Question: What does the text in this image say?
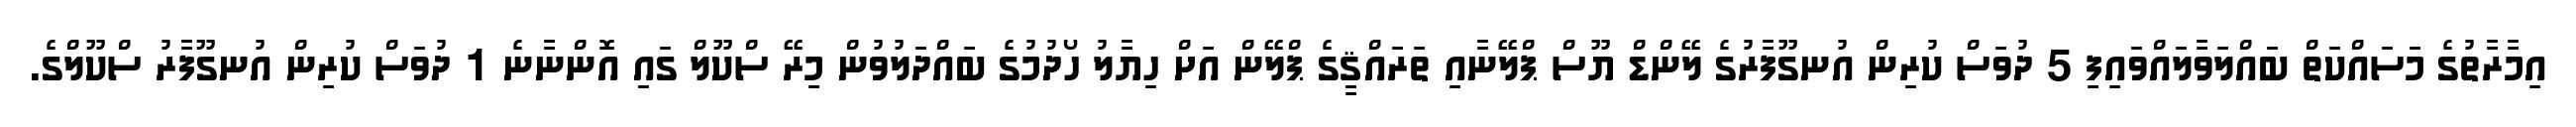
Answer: އިމާރާތުގެ މަސައްކަތް ބައްލަވާލައްވައިފި 5 ދުވަސް ކުރިން އުނގޫފާރުގެ ލޭންޑް ޔޫސް ޕްލޭނާއި ތަރައްޤީގެ ޕްލޭން އަށް ހިޔާލު ހޯދުމުގެ ބައްދަލުވުން މިރޭ ސްކޫލް ގައި އޮންނާނެ 1 ދުވަސް ކުރިން އުނގޫފާރު ސްކޫލްގެ.